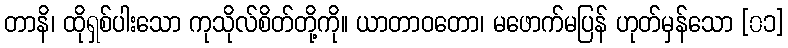
တာနိ၊ ထိုရှစ်ပါးသော ကုသိုလ်စိတ်တို့ကို။ ယာတာဝတော၊ မဖောက်မပြန် ဟုတ်မှန်သော [၀၁]